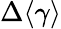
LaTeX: \Delta\langle\gamma\rangle